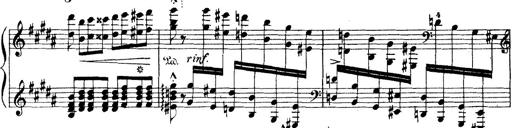
Title: Wagner-Liszt Album
Composer: Franz Liszt